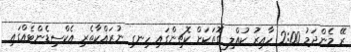
ރޭ މެންދަމު 2:00 ހާއިރު ކުއްލި ގޮތަކަށް ކޮޗިންގައި ހިނގި ނުރައްކާތެރި އެކްސިޑެންޓެއްގައި